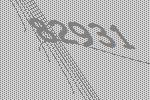
82931